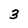
Character: 3